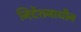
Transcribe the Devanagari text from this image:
निर्देशनाधीन